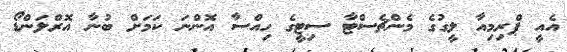
އެއީ ޕްރިމިއާ ލީގުގެ މެންޗެސްޓާ ސިޓީގެ ހިއްސާ އޮންނަ ކަމަށް ބުނާ އޮރްލަންޑޯ